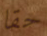
حقا